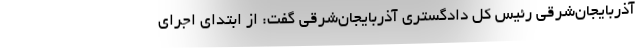
آذربایجان‌شرقی رئیس کل دادگستری آذربایجان‌شرقی گفت: از ابتدای اجرای